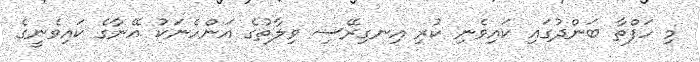
މި ހަފްތާ ބަންދުގައި ކައިވެނި ކުރި އިނގިރޭސި ވިލާތުގެ އަންހެނަކު އޭނާގެ ކައިވެނީގެ